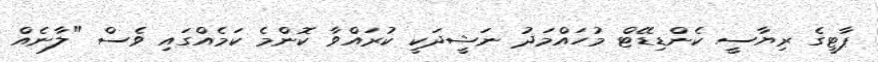
ޕާޓީގެ ރިޔާސީ ކެންޑިޑޭޓް މުހައްމަދު ނަޝީދަކީ ކުރައްވާ ކޮންމެ ކަމެއްގައި ވެސް "ލާނެއް